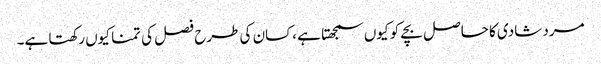
مرد شادی کا حاصل بچے کو کیوں سمجھتا ہے ،کسان کی طرح فصل کی تمنا کیوں رکھتا ہے۔